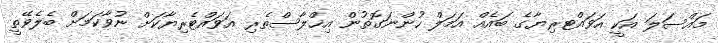
މައްސަލަ އަކީ އަވައްޓރިޔާގެ ބައެއް އަމަލް ހުންނަގޮތުން އިޚްލާސްތެރި އަވައްޓެރިޔާކަށް ނުވާކަމަށް ބެލެވޭތީ